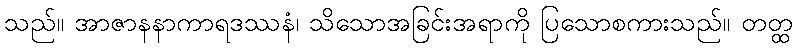
သည်။ အာဇာနနာကာရဒဿနံ၊ သိသောအခြင်းအရာကို ပြသောစကားသည်။ တတ္ထ